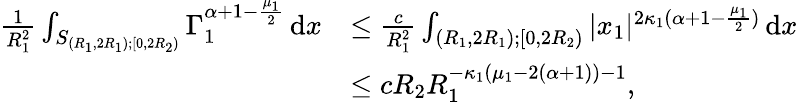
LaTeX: \begin{array}{rl}{\frac{1}{R_{1}^{2}}\int_{S_{(R_{1},2R_{1});[0,2R_{2})}}\Gamma_{1}^{\alpha+1-\frac{\mu_{1}}{2}}\, \mathrm{d}x}&{\leq\frac{c}{R_{1}^{2}}\int_{(R_{1},2R_{1});[0,2R_{2})}|x_{1}|^{2\kappa_{1}(\alpha+1-\frac{\mu_{1}}{2})}\, \mathrm{d}x}\\ &{\leq cR_{2}R_{1}^{-\kappa_{1}(\mu_{1}-2(\alpha+1))-1},}\end{array}